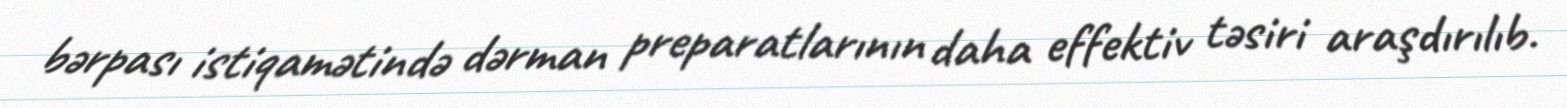
bərpası istiqamətində dərman preparatlarının daha effektiv təsiri araşdırılıb.